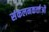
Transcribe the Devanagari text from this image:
संकलनकर्त्ताओं